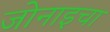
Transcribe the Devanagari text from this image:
जोनाइचा